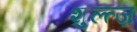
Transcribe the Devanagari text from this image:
शुल्त्ज़